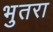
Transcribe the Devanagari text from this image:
भुतरा